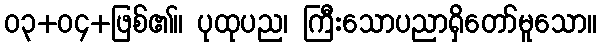
၀၃+၀၄+ဖြစ်၏။ ပုထုပည၊ ကြီးသောပညာရှိတော်မူသော။